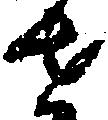
せ